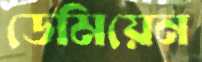
ডেমিয়েন